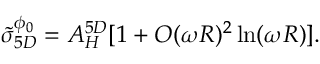
\tilde { \sigma } _ { 5 D } ^ { \phi _ { 0 } } = A _ { H } ^ { 5 D } [ 1 + { \cal O } ( \omega R ) ^ { 2 } \ln ( \omega R ) ] .